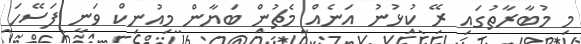
މި މުބާރާތުގައި ރޭ ކުޅުނު އަނެއް މެޗުން ބަޔާން މިއުނިކް ވަނީ ފަސޭހަ